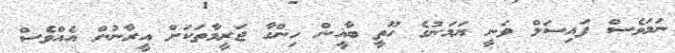
ނަމަވެސް ފައިސަލް ވަނީ ޔަމަނުގެ ހޫތީ ބާޣީން ހިންގާ ޖަރީމާތަކަށް އީރާނުން އެއްވެސް